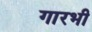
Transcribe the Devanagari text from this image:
गारभी